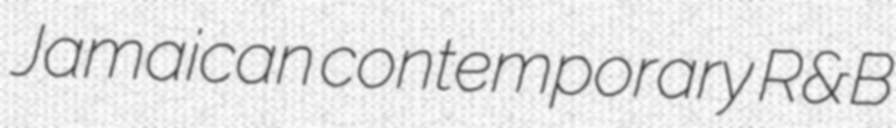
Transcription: Jamaican contemporary R&B